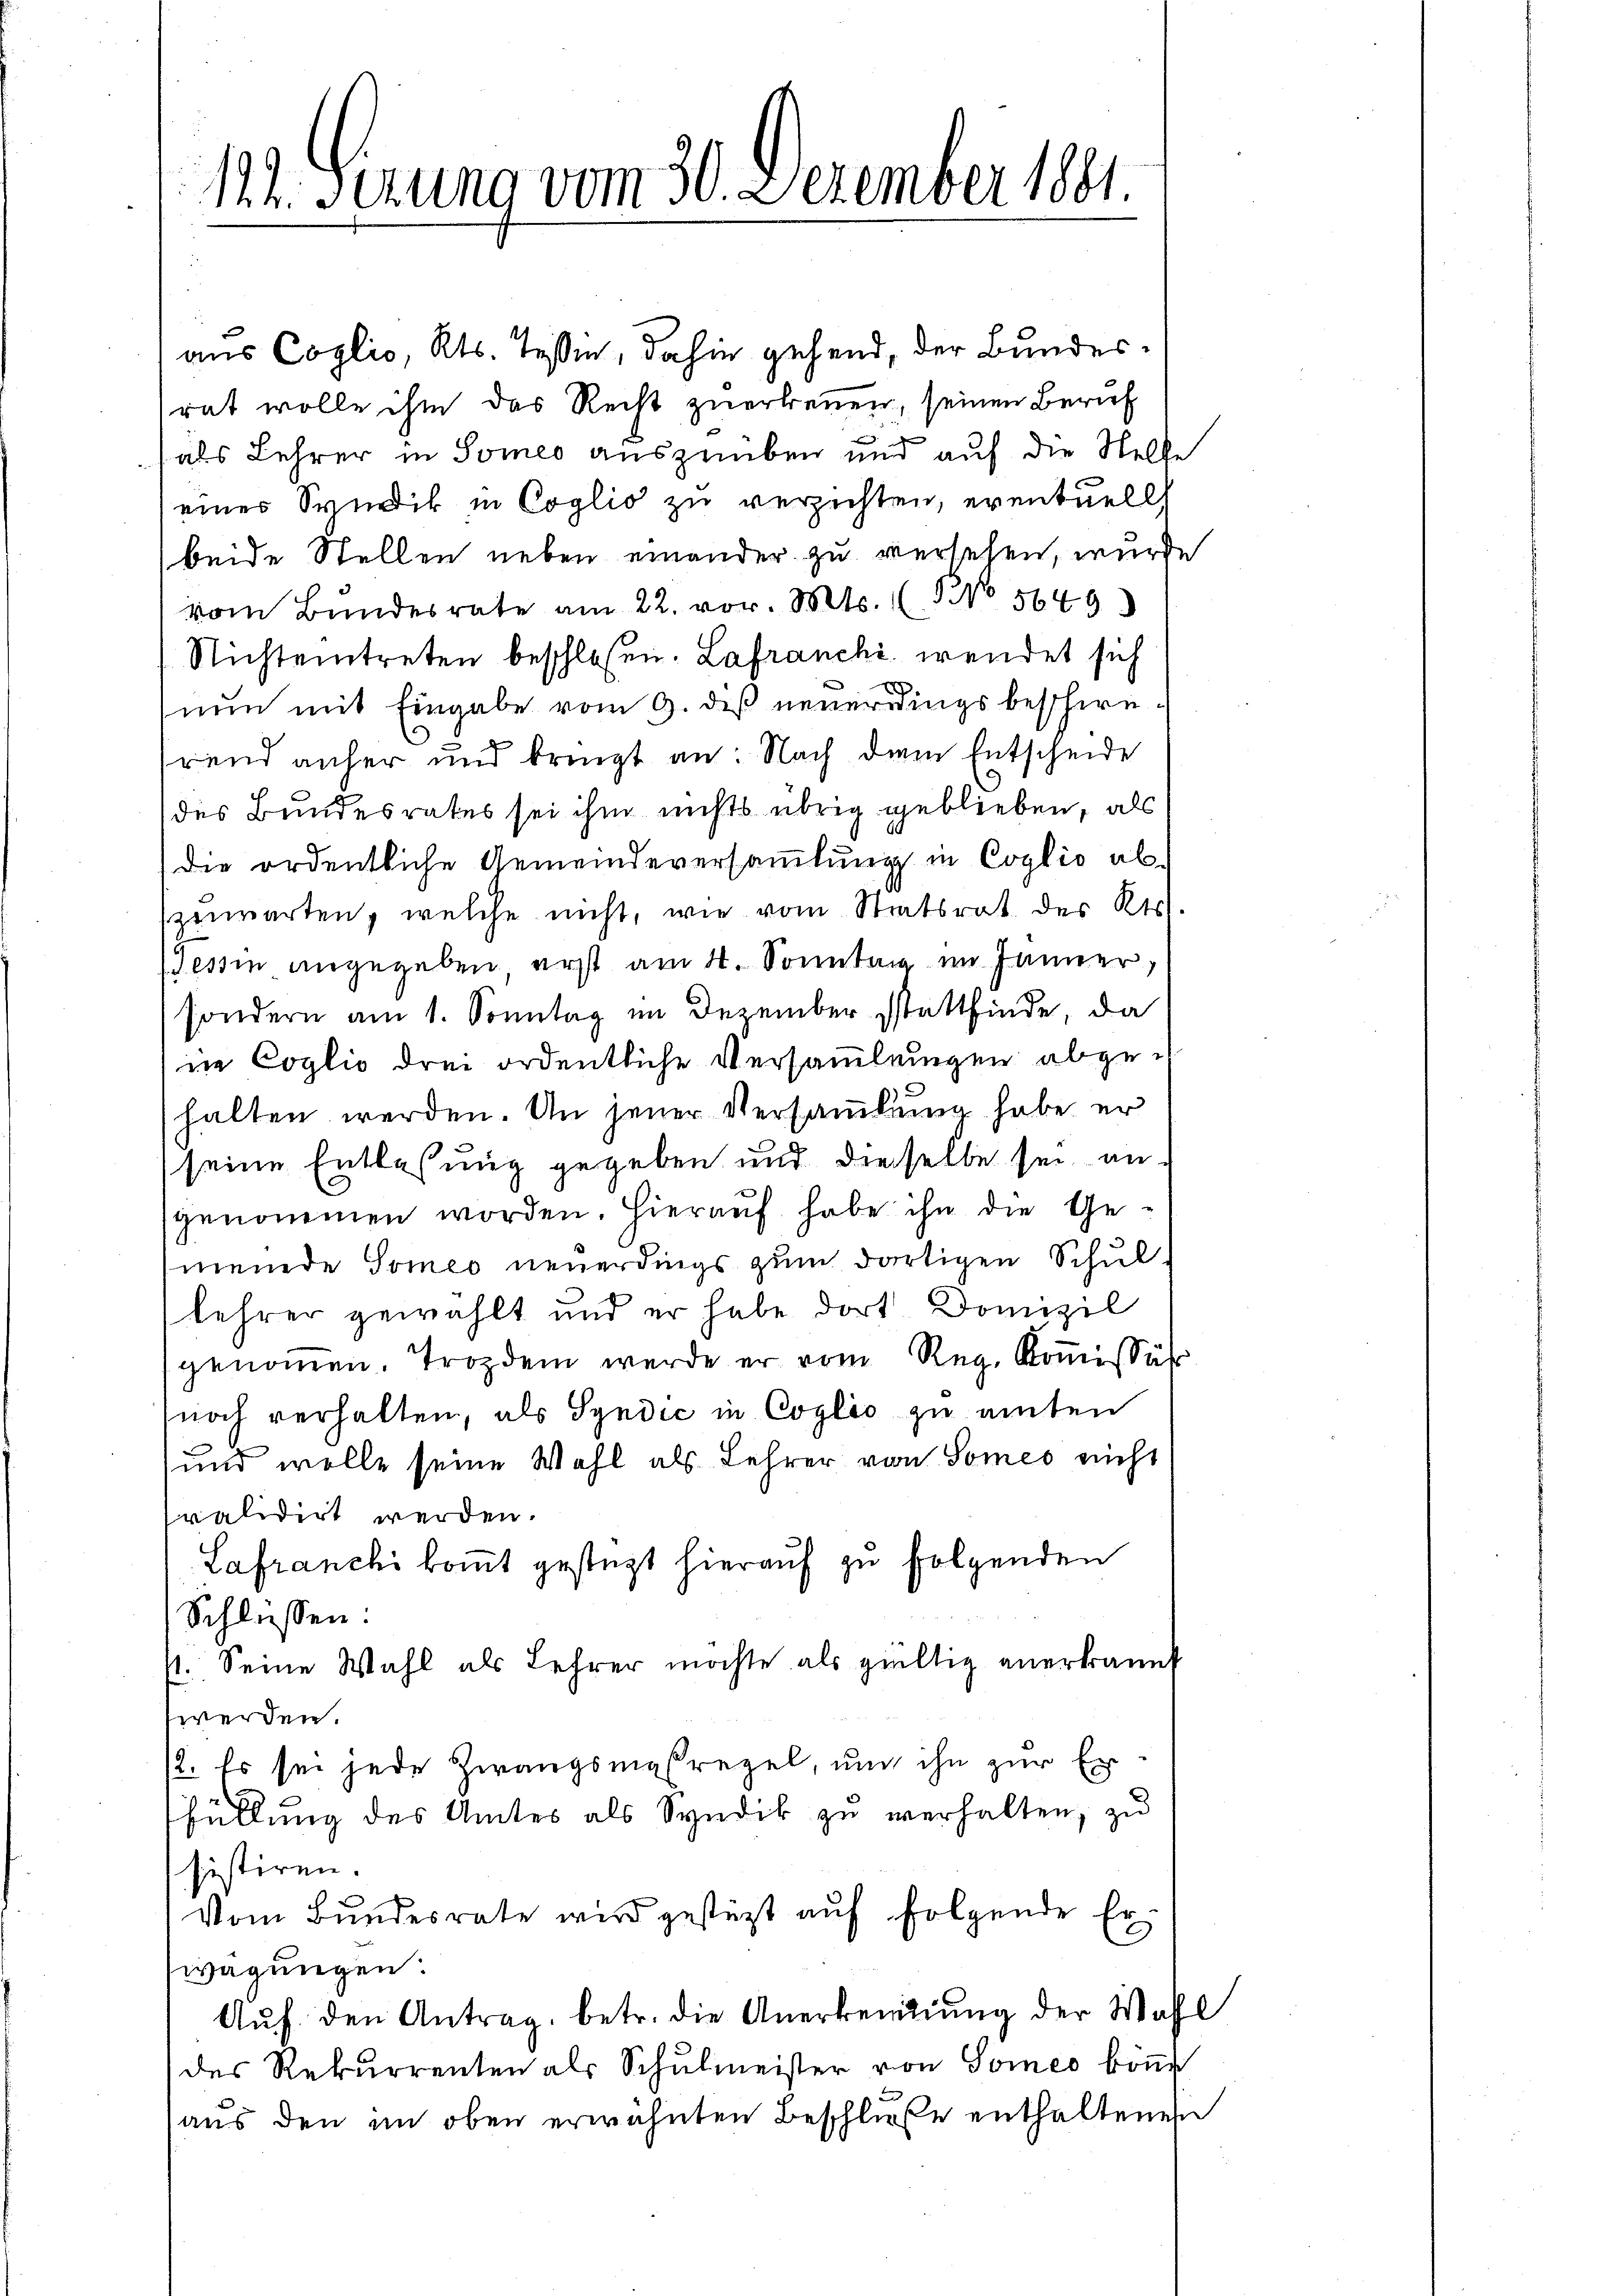
122. Serung vom 30. Dezember 1881

aus Coglio, Kts. Tessin, dahin gehend, der Bundesrat wolle ihm das Recht zuerkennen, seinen Beruf
als Lehrer in Someo auszuüben und auf die Stelle
einer Syndik in Coglio zu verzichten, eventuell
beide Stellen neben einander zu versehen, wurde
vom Bundesrate am 22. vor. Mts. (3 No 5649
Nichteintreten beschlossen. Lafranchi wendet sich
x
nun mit Eingabe vom 9. des neuerrings beschrerend anher und bringt an: Nach dem Entscheide
des Bundesrates sei ihm nichts übrig geblieben, als
die ordentliche Gemeindeversamlung in Coglio abzuwarten, welche nicht, wie vom Staatsrat des Kts.
(Tessin angegeben erst am 4. Sonntag im Jänner
sondern am 1. Sonntag im Dezember stattfinde, da
ne Coglio drei ordentliche Versammlungen abgehalten werden. An jener Versamlung habe er
seine Entlaßung gegeben und dieselbe sei angenommen worden. Hierauf habe ihn die Gemeinde Sommes neuerdings zum dortigen Schullehrer gewählt und er habe dort Domizil
genommen. Trozdem werde er vom Reg. Kommissär
noch verhalten, als Syndić in Coplio zu einten
und wolle seine Wahl als Lehrer von Somes nicht
validirt werden.
Lafranchi kommt gestüzt hierauf zu folgenden
Schlüssen:
11. Seine Wahl als Lehrer möchte als hieltig anerkannt
werden.
/2. Es sei jede Zwangsmaßregel, und ihn zur Er
füllung des Amtes als Syndik zu verhalten, zu
sistiren.
Vom Bundesrate wird gestützt aŭf folgende Erwägungen:
Aŭf den Antrag, betr. die Anerkennung der Wahl
des Rekurrenten als Schulmeister von Someo kön
aus den im oben erwähnten Beschluße enthaltenen